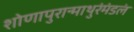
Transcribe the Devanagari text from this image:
शोणापुरान्माथुरंमंडलं